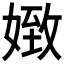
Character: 𡟹